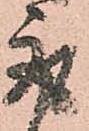
取